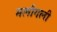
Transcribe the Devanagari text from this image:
मलीगली